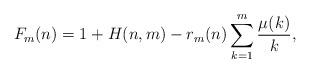
LaTeX: \begin{align*}F_m (n) = 1 + H(n,m) - r_m(n) \sum_{k=1}^m \frac{\mu(k)}{k},\end{align*}